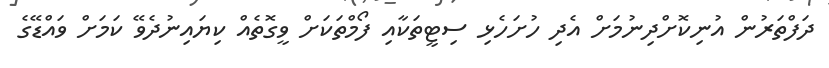
ދަފްތަރުން އުނިކޮށްދިނުމަށް އެދި ހުށަހެޅި ސިޓީތަކާއި ފޯމްތަކަށް ވީގޮތެއް ކިޔައިނުދެވޭ ކަމަށް ވައްޑޭގެ